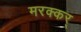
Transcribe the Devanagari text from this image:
मरक्कर्